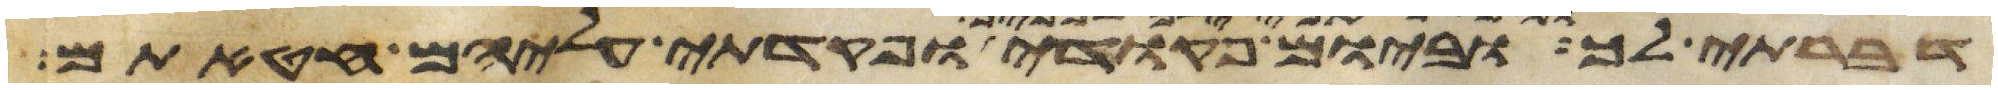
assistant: ילך לפניך וביום פקודי ופקדתי עליהם חטאתם